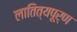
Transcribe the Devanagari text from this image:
लातित्यपूर्ण